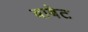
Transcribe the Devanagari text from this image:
बाबेट